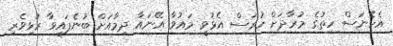
އެހެނަސް ހިތުގެ މުރާދަށް ހުރަސް އެޅުވީ މައުވާ އޭނައާ ދިމާއަށް ބުނެފައިވާ ރުޅިވެރި